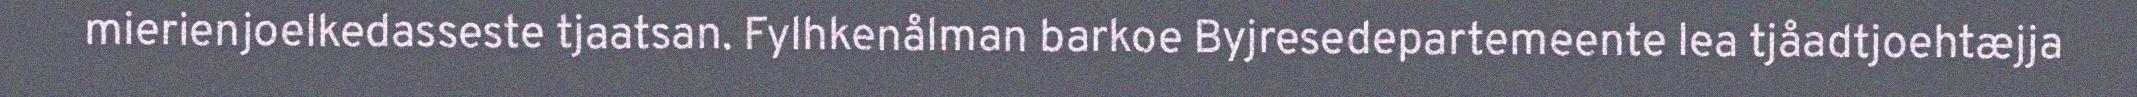
mierienjoelkedasseste tjaatsan. Fylhkenålman barkoe Byjresedepartemeente lea tjåadtjoehtæjja